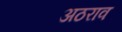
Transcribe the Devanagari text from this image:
अठराव